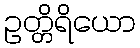
ဥတ္တိရိယော